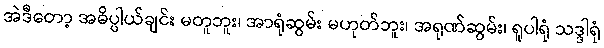
အဲဒီတော့ အဓိပ္ပါယ်ချင်း မတူဘူး၊ အာရုံဆွမ်း မဟုတ်ဘူး၊ အရုဏ်ဆွမ်း၊ ရူပါရုံ သဒ္ဒါရုံ